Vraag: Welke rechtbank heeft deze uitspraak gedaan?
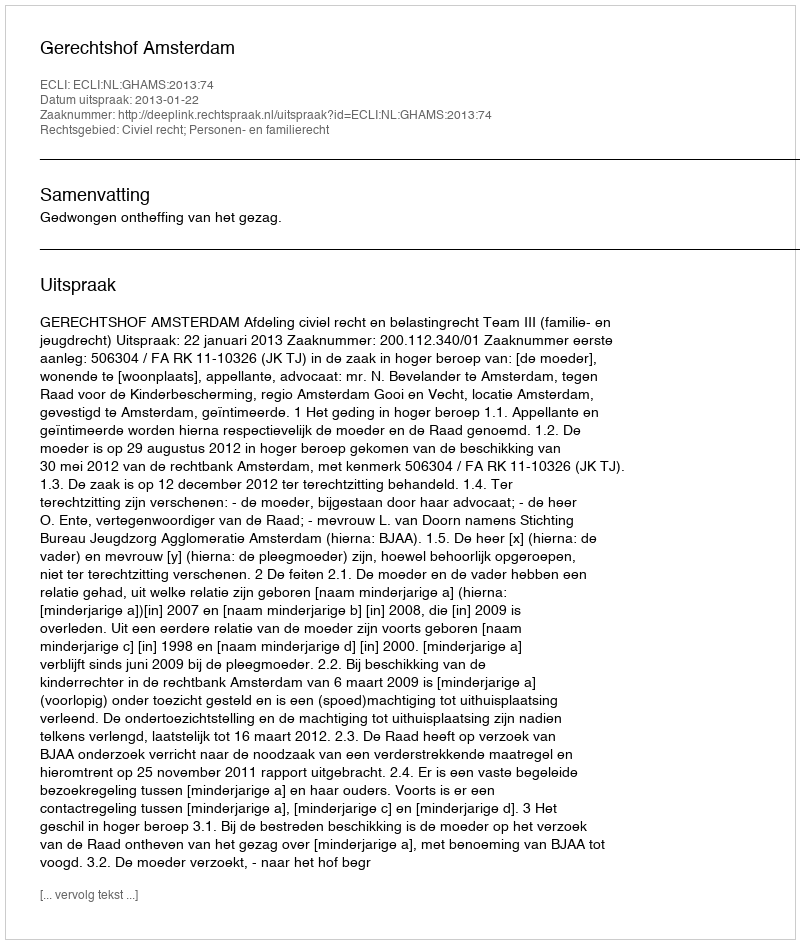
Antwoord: Gerechtshof Amsterdam